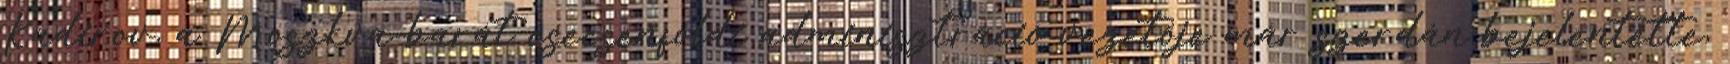
Kadirov, a Moszkva-barát csecsenföldi adminisztráció vezetője már szerdán bejelentette,